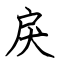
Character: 戾